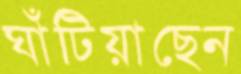
ঘাঁটিয়াছেন